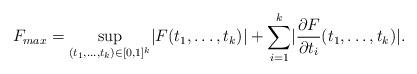
LaTeX: \begin{align*}F_{max}=\sup_{(t_1,\ldots,t_k)\in[0,1]^k}\lvert F(t_1,\ldots,t_k)\rvert+\sum_{i=1}^k\lvert\frac{\partial F}{\partial t_i}(t_1,\ldots,t_k)\rvert.\end{align*}